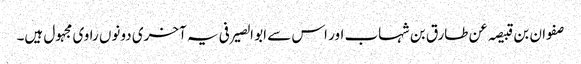
صفوان بن قبیصہ عن طارق بن شہاب اور اس سے ابو الصیرفی یہ آخری دونوں راوی مجہول ہیں۔